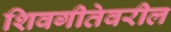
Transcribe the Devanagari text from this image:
शिवगीतेवरील